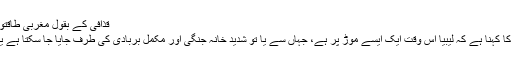
قذافی کے بقول مغربی طاقتوں نے ان سے ’بے وفائی‘ کی ہے
امریکی وزیر خارجہ ہلیری کلنٹن کا کہنا ہے کہ لیبیا اس وقت ایک ایسے موڑ پر ہے، جہاں سے یا تو شدید خانہ جنگی اور مکمل بربادی کی طرف جایا جا سکتا ہے یا پھر پر امن جمہوریت کی جانب۔